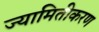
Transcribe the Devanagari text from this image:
ज्यामितीकरण